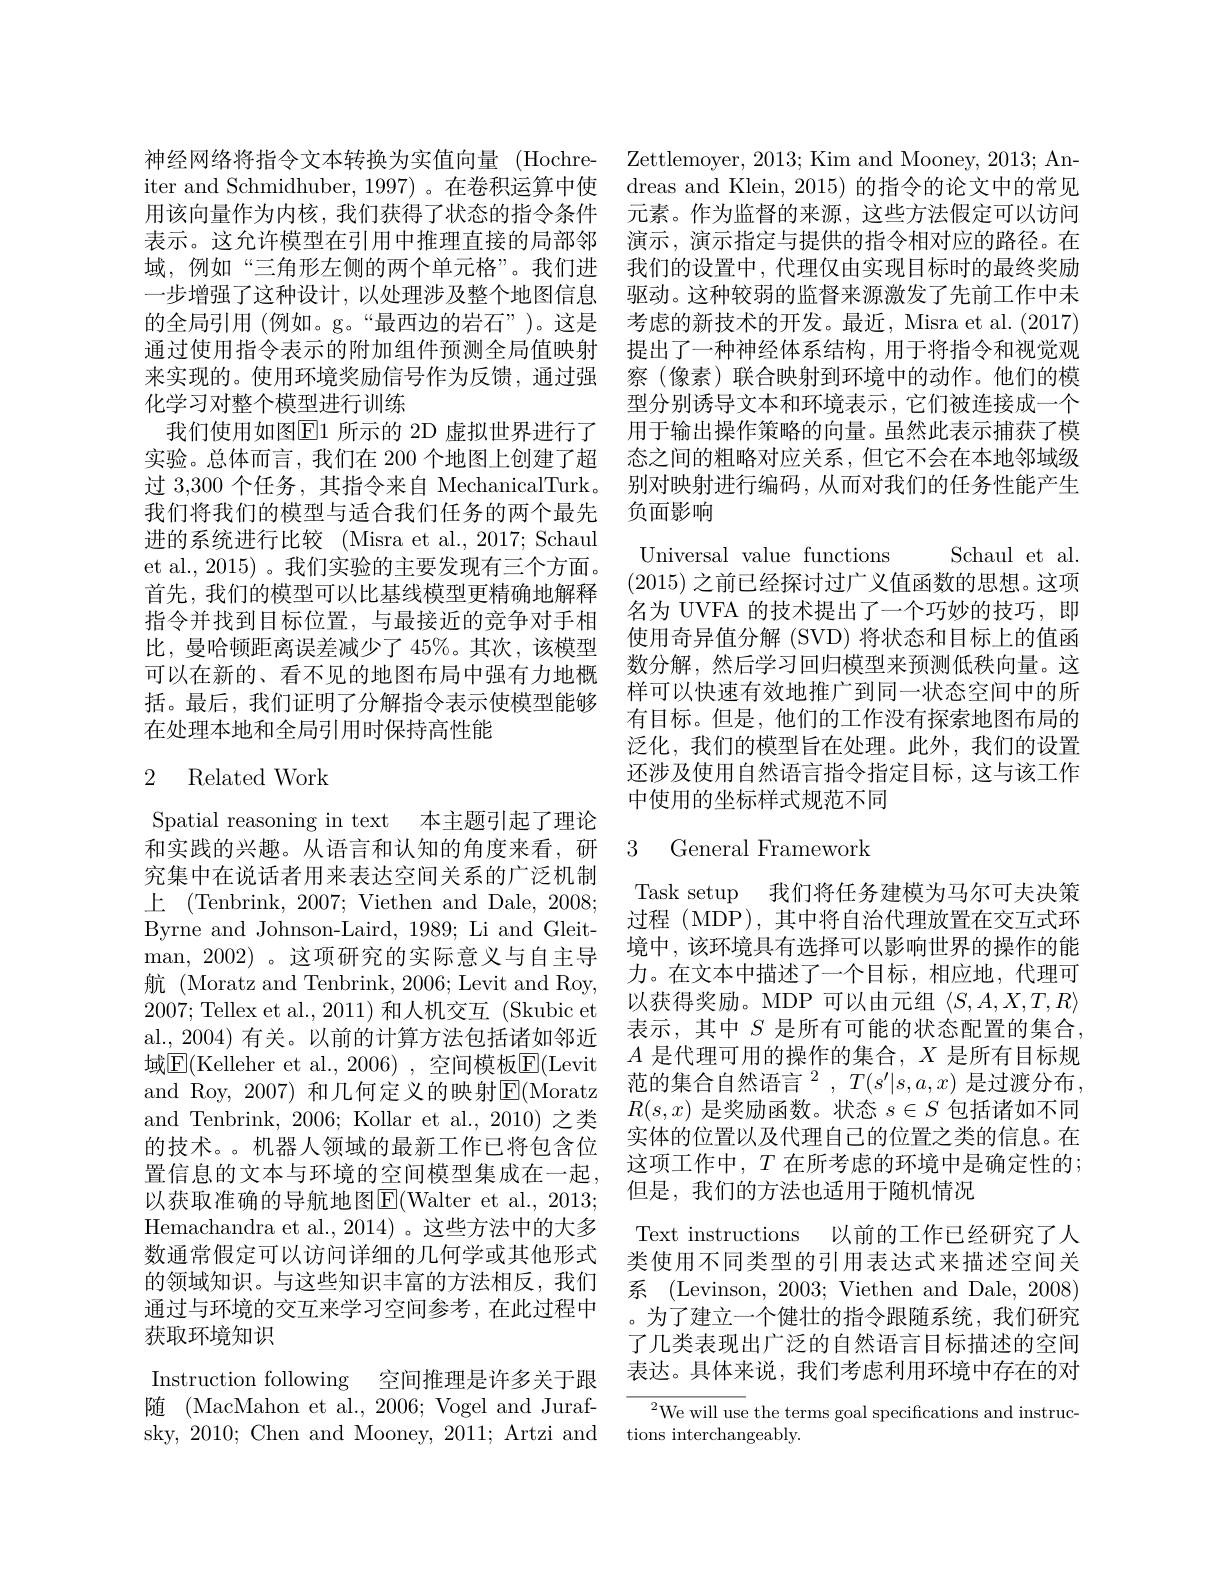
来实现的。使用环境奖励信号作为反馈，通过强
化学习对整个模型进行训练
我们使用如图$\boxed{\mathrm{F}}1$ 所示的 2D 虚拟世界进行了进的系统进行比较(Misra et al., 2017; Schaul et al., 2015) 。我们实验的主要发现有三个方面。首先，我们的模型可以比基线模型更精确地解释指令并找到目标位置，与最接近的竞争对手相比，曼哈顿距离误差减少了 45%。其次，该模型可以在新的、看不见的地图布局中强有力地概括。最后，我们证明了分解指令表示使模型能够在处理本地和全局引用时保持高性能

## 2 Related Work

Spatial reasoning in text 本主题引起了理论和实践的兴趣。从语言和认知的角度来看，研究集中在说话者用来表达空间关系的广泛机制上 (Tenbrink,2007;ViethenandDale,2008; Byrne and Johnson-Laird, 1989; Li and Gleitman, 2002) 。这项研究的实际意义与自主导航 (Moratz and Tenbrink, 2006; Levit and Roy, 2007;Tellex et al., 2011) 和人机交互(Skubic et al., 2004) 有关。以前的计算方法包括诸如邻近域$\boxed{\mathrm{E}}($Kelleher et al.,2006),空间模板$\boxed{\mathrm{E}}($Levit and Roy, 2007) 和几何定义的映射$\mathbb{E}($Moratz and Tenbrink, 2006; Kollar et al., 2010) 之类的技术。。机器人领域的最新工作已将包含位置信息的文本与环境的空间模型集成在一起， 以获取准确的导航地图|E(Walter et al., 2013; Hemachandra et al. , 2014) 。这些方法中的大多数通常假定可以访问详细的几何学或其他形式的领域知识。与这些知识丰富的方法相反，我们通过与环境的交互来学习空间参考，在此过程中获取环境知识
Instruction following 空间推理是许多关于跟

sky, 2010; Chen and Mooney, 2011; Artzi and tions interchangeably.

神经网络将指令文本转换为实值向量 (Hochre- Zettlemoyer, 2013; Kim and Mooney, 2013; Aniter and Schmidhuber, 1997) 。在卷积运算中使 dreas and Klein, 2015) 的指令的论文中的常见用该向量作为内核，我们获得了状态的指令条件 元素。作为监督的来源，这些方法假定可以访问表示。这允许模型在引用中推理直接的局部邻 演示，演示指定与提供的指令相对应的路径。在域，例如“三角形左侧的两个单元格”。我们进 我们的设置中，代理仅由实现目标时的最终奖励一步增强了这种设计，以处理涉及整个地图信息 驱动。这种较弱的监督来源激发了先前工作中未的全局引用 (例如。g。“最西边的岩石”)。这是 考虑的新技术的开发。最近，Misra et al. (2017) 通过使用指令表示的附加组件预测全局值映射 提出了一种神经体系结构，用于将指令和视觉观
察(像素)联合映射到环境中的动作。他们的模型分别诱导文本和环境表示，它们被连接成一个用于输出操作策略的向量。虽然此表示捕获了模
实验。总体而言，我们在 200 个地图上创建了超 态之间的粗略对应关系，但它不会在本地邻域级过 3,300 个任务 , 其指令来自 MechanicalTurk。别对映射进行编码，从而对我们的任务性能产生我们将我们的模型与适合我们任务的两个最先 负面影响

Schaul et al.
Universal value functions
(2015)之前已经探讨过广义值函数的思想。这项名为 UVFA 的技术提出了一个巧妙的技巧，即使用奇异值分解 (SVD) 将状态和目标上的值函数分解，然后学习回归模型来预测低秩向量。这样可以快速有效地推广到同一状态空间中的所有目标。但是，他们的工作没有探索地图布局的泛化，我们的模型旨在处理。此外，我们的设置还涉及使用自然语言指令指定目标，这与该工作中使用的坐标样式规范不同

### 3 General Framework

Task setup 我们将任务建模为马尔可夫决策过程 (MDP), 其中将自治代理放置在交互式环境中，该环境具有选择可以影响世界的操作的能力。在文本中描述了一个目标，相应地，代理可以获得奖励。MDP 可以由元组$\langle S,A,X,T,R\rangle$ 表示，其中$S$是所有可能的状态配置的集合$A$是代理可用的操作的集合，$X$是所有目标规范的集合自然语言$^2,T(s^{\prime}|s,a,x)$ 是过渡分布 , $R(s,x)$是奖励函数。状态$s\in S$包括诸如不同实体的位置以及代理自己的位置之类的信息。在这项工作中，$T$在所考虑的环境中是确定性的； 但是，我们的方法也适用于随机情况
Text instructions 以前的工作已经研究了人类使用不同类型的引用表达式来描述空间关系 (Levinson, 2003; Viethen and Dale, 2008) 。为了建立一个健壮的指令跟随系统，我们研究了几类表现出广泛的自然语言目标描述的空间表达。具体来说，我们考虑利用环境中存在的对
随 (MacMahon et al., 2006; Vogel and Juraf- $\frac 12$We will use the terms goal specifications and instruc-